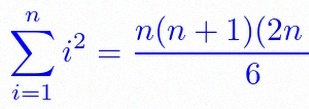
\sum_{i=1}^{n}i^2=\frac{n(n+1)(2n+1)}6